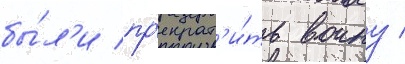
бы́л'и пр'екрат'и́ть воину /